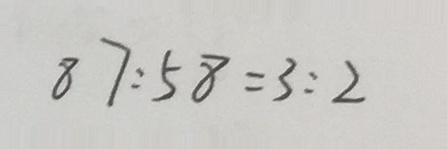
8 7 : 5 8 = 3 : 2